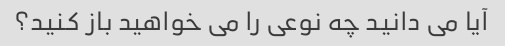
آیا می دانید چه نوعی را می خواهید باز کنید؟